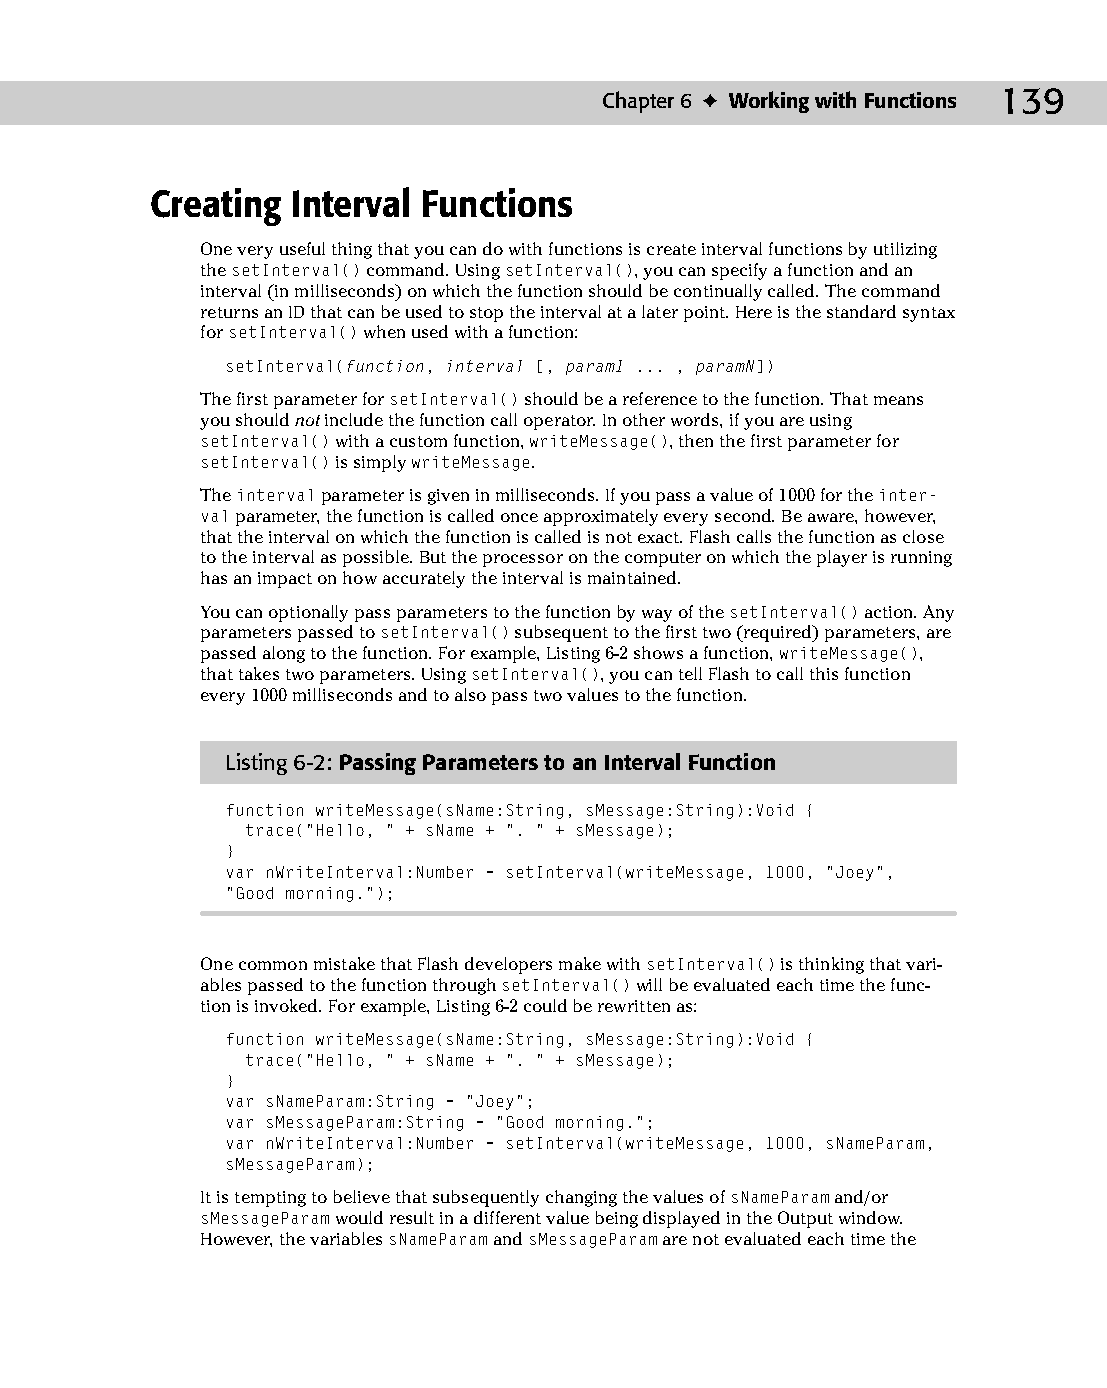
09 543547 ch06.qxd 3/24/04 3:50 PM Page 139
 Chapter 6 ✦ Working with Functions 139
 Creating Interval Functions
 One very useful thing that you can do with functions is create interval functions by utilizing
 the setInterval() command. Using setInterval(), you can specify a function and an
 interval (in milliseconds) on which the function should be continually called. The command
 returns an ID that can be used to stop the interval at a later point. Here is the standard syntax
 for setInterval() when used with a function:
 setInterval(function, interval [, param1 ... , paramN])
 The first parameter for setInterval() should be a reference to the function. That means
 you should not include the function call operator. In other words, if you are using
 setInterval() with a custom function, writeMessage(), then the first parameter for
 setInterval() is simply writeMessage.
 The interval parameter is given in milliseconds. If you pass a value of 1000 for the inter-
 val parameter, the function is called once approximately every second. Be aware, however,
 that the interval on which the function is called is not exact. Flash calls the function as close
 to the interval as possible. But the processor on the computer on which the player is running
 has an impact on how accurately the interval is maintained.
 You can optionally pass parameters to the function by way of the setInterval() action. Any
 parameters passed to setInterval() subsequent to the first two (required) parameters, are
 passed along to the function. For example, Listing 6-2 shows a function, writeMessage(),
 that takes two parameters. Using setInterval(), you can tell Flash to call this function
 every 1000 milliseconds and to also pass two values to the function.
 Listing 6-2: Passing Parameters to an Interval Function
 function writeMessage(sName:String, sMessage:String):Void {
 trace(“Hello, “ + sName + “. “ + sMessage);
 }
 var nWriteInterval:Number = setInterval(writeMessage, 1000, “Joey”,
 “Good morning.”);
 One common mistake that Flash developers make with setInterval() is thinking that vari­
 ables passed to the function through setInterval() will be evaluated each time the func­
 tion is invoked. For example, Listing 6-2 could be rewritten as:
 function writeMessage(sName:String, sMessage:String):Void {
 trace(“Hello, “ + sName + “. “ + sMessage);
 }
 var sNameParam:String = “Joey”;
 var sMessageParam:String = “Good morning.”;
 var nWriteInterval:Number = setInterval(writeMessage, 1000, sNameParam,
 sMessageParam);
 It is tempting to believe that subsequently changing the values of sNameParam and/or
 sMessageParam would result in a different value being displayed in the Output window.
 However, the variables sNameParam and sMessageParam are not evaluated each time the